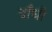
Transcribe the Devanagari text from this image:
दाँधी